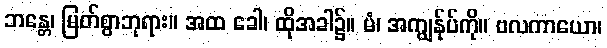
ဘန္တေ၊ မြတ်စွာဘုရား။ အထ ခေါ၊ ထိုအခါ၌။ မံ၊ အကျွန်ုပ်ကို။ ဗလကာယော၊